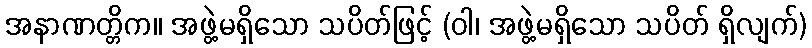
အနာဏတ္တိက။ အဖွဲ့မရှိသော သပိတ်ဖြင့် (ဝါ၊ အဖွဲ့မရှိသော သပိတ် ရှိလျက်)